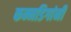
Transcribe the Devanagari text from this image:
कन्नडिगांनी